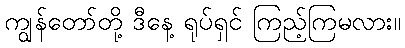
ကျွန်တော်တို့ ဒီနေ့ ရုပ်ရှင် ကြည့်ကြမလား။